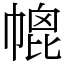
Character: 㡙